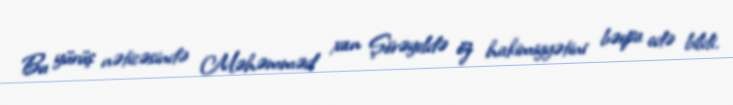
Bu yürüş nəticəsində Məhəmməd xan Şörəyeldə öz hakimiyyətini bərpa edə bildi.